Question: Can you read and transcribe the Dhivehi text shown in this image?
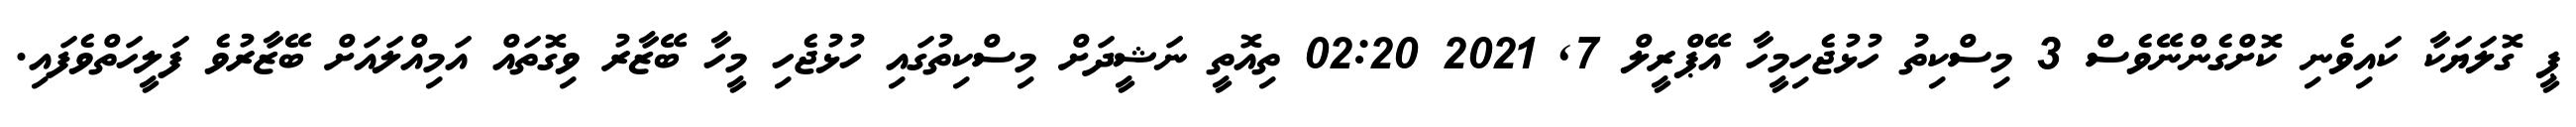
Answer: ޕީ ގޮލަޔަކާ ކައިވެނި ކޮށްގެންނޭވެސް 3 މިސްކިތު ހުޅުޖެހިމީހާ އޭޕްރީލް 7, 2021 02:20 ތިއޮތީ ނަޝީދަށް މިސްކިތުގައި ހުޅުޖެހި މީހާ ބޭޒާރު ވިގޮތައް އަމިއްލައަށް ބޭޒާރުވެ ފަލީހަތްވެފައި.